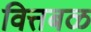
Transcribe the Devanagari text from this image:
वित्तबळ